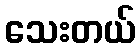
သေးတယ်